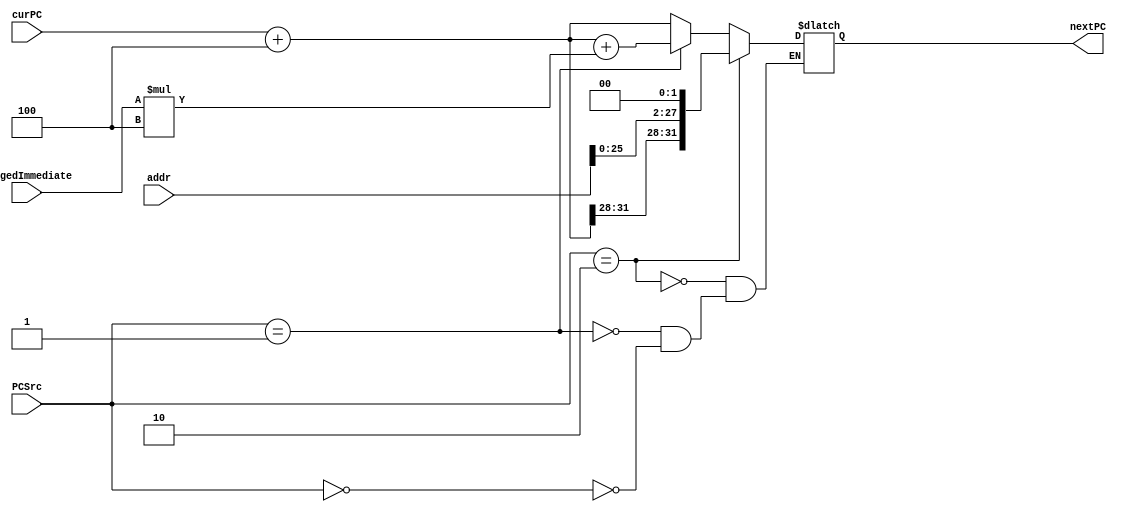
//PCPCSrc
`timescale 1ns / 1ns
module PCchoose(
    input[1:0] PCSrc,
    input[31:0] singedImmediate,
    input[31:0] curPC,
    input[31:0] addr,
    output reg[31:0] nextPC
);
    wire[31:0] PC4=curPC+4; 
    always@(*)begin
        if(PCSrc==2'b00)begin
            nextPC<=PC4;
        end 
        if(PCSrc==2'b01)begin
            nextPC<=PC4+singedImmediate*4; //beq
        end
        if(PCSrc==2'b10)begin
            nextPC<={PC4[31:28],addr[25:0],2'b00};  //j
        end
    end
endmodule